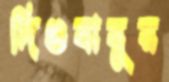
দিগুবাবুর